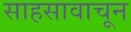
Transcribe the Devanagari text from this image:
साहसावाचून